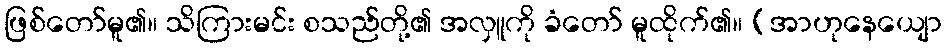
ဖြစ်တော်မူ၏။ သိကြားမင်း စသည်တို့၏ အလှူကို ခံတော် မူထိုက်၏။ (အာဟုနေယျော